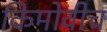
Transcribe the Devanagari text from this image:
किमोवीच